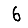
Digit: 6